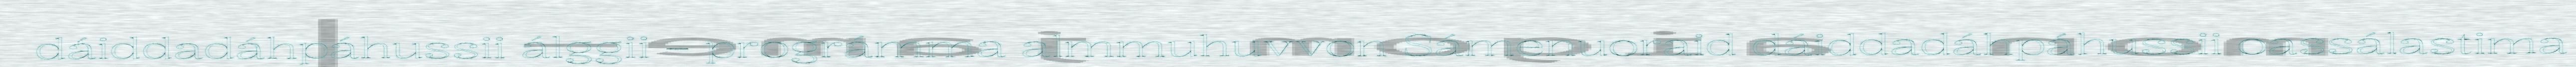
dáiddadáhpáhussii álggii – prográmma almmuhuvvon Sámenuoraid dáiddadáhpáhussii oassálastima